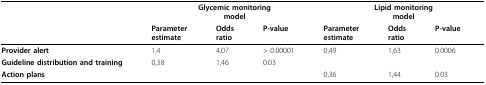
<table><thead><tr><td></td><td colspan="3"><b>Glycemic monitoringmodel</b></td><td colspan="3"><b>Lipid monitoringmodel</b></td></tr><tr><td></td><td><b>Parameterestimate</b></td><td><b>Oddsratio</b></td><td><b>P-value</b></td><td><b>Parameterestimate</b></td><td><b>Oddsratio</b></td><td><b>P-value</b></td></tr></thead><tbody><tr><td><b>Provider alert</b></td><td>1,4</td><td>4,07</td><td>&gt; 0.00001</td><td>0,49</td><td>1,63</td><td>0.0006</td></tr><tr><td><b>Guideline distribution and training</b></td><td>0,38</td><td>1,46</td><td>0.03</td><td></td><td></td><td></td></tr><tr><td><b>Action plans</b></td><td></td><td></td><td></td><td>0,36</td><td>1,44</td><td>0.03</td></tr></tbody></table>